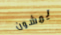
يمشون